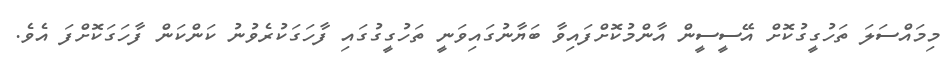
މިމައްސަލަ ތަހުގީގުކޮށް އޭސީސީން އާންމުކޮށްފައިވާ ބަޔާނުގައިވަނީ ތަހުގީގުގައި ފާހަގަކުރެވުނު ކަންކަން ފާހަގަކޮށްފަ އެވެ.